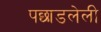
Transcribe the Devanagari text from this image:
पछाडलेली